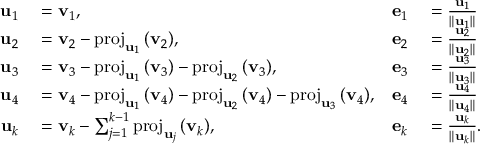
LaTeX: \begin{array} { r l r l } { \mathbf { u } _ { 1 } } & { { } = \mathbf { v } _ { 1 } , } & { \mathbf { e } _ { 1 } } & { { } = { \frac { \mathbf { u } _ { 1 } } { \| \mathbf { u } _ { 1 } \| } } } \\ { \mathbf { u } _ { 2 } } & { { } = \mathbf { v } _ { 2 } - \mathrm { p r o j } _ { \mathbf { u } _ { 1 } } \, ( \mathbf { v } _ { 2 } ) , } & { \mathbf { e } _ { 2 } } & { { } = { \frac { \mathbf { u } _ { 2 } } { \| \mathbf { u } _ { 2 } \| } } } \\ { \mathbf { u } _ { 3 } } & { { } = \mathbf { v } _ { 3 } - \mathrm { p r o j } _ { \mathbf { u } _ { 1 } } \, ( \mathbf { v } _ { 3 } ) - \mathrm { p r o j } _ { \mathbf { u } _ { 2 } } \, ( \mathbf { v } _ { 3 } ) , } & { \mathbf { e } _ { 3 } } & { { } = { \frac { \mathbf { u } _ { 3 } } { \| \mathbf { u } _ { 3 } \| } } } \\ { \mathbf { u } _ { 4 } } & { { } = \mathbf { v } _ { 4 } - \mathrm { p r o j } _ { \mathbf { u } _ { 1 } } \, ( \mathbf { v } _ { 4 } ) - \mathrm { p r o j } _ { \mathbf { u } _ { 2 } } \, ( \mathbf { v } _ { 4 } ) - \mathrm { p r o j } _ { \mathbf { u } _ { 3 } } \, ( \mathbf { v } _ { 4 } ) , } & { \mathbf { e } _ { 4 } } & { { } = { \frac { \mathbf { u } _ { 4 } } { \| \mathbf { u } _ { 4 } \| } } } \\ { \mathbf { u } _ { k } } & { { } = \mathbf { v } _ { k } - \sum _ { j = 1 } ^ { k - 1 } \mathrm { p r o j } _ { \mathbf { u } _ { j } } \, ( \mathbf { v } _ { k } ) , } & { \mathbf { e } _ { k } } & { { } = { \frac { \mathbf { u } _ { k } } { \| \mathbf { u } _ { k } \| } } . } \end{array}